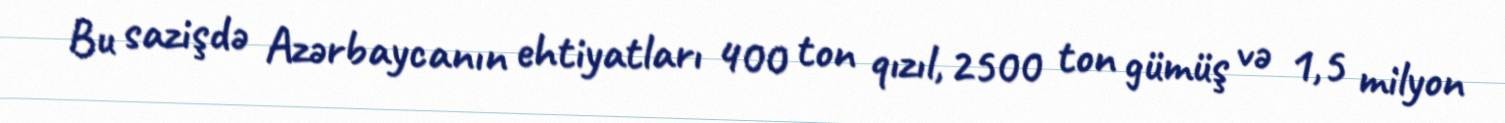
Bu sazişdə Azərbaycanın ehtiyatları 400 ton qızıl, 2500 ton gümüş və 1,5 milyon